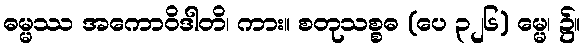
ဓမ္မဿ အကောဝိဒါတိ၊ ကား။ စတုသစ္စဓ (ပေ ၃၂၆) မ္မေ၊ ၌။